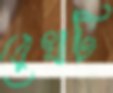
রেখাটি